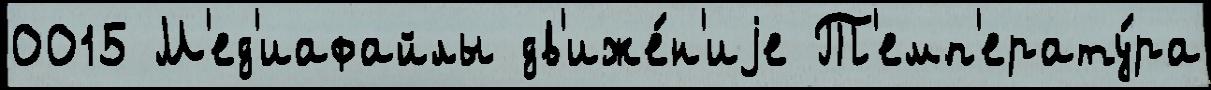
0015 М'ед'иафайлы дв'иже́н'иjе Т'емп'ерату́ра